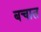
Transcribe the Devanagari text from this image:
बचात